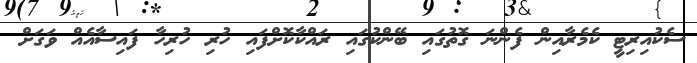
ސެކުއިރިޓީ ކެމެރާއިން ފެންނަ ގޮތުގައި ބޭންކުގައި ރައްކާކޮށްފައި ހުރި ހުރިހާ ފައިސާއެއް ވަގަށް